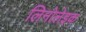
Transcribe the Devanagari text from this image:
लिनोलेइक